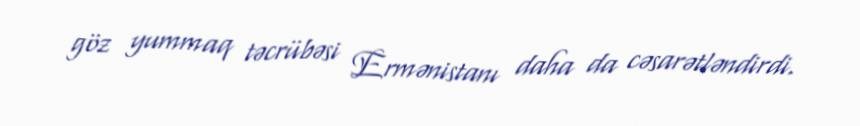
göz yummaq təcrübəsi Ermənistanı daha da cəsarətləndirdi.